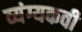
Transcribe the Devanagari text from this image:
व्यंग्यकवी